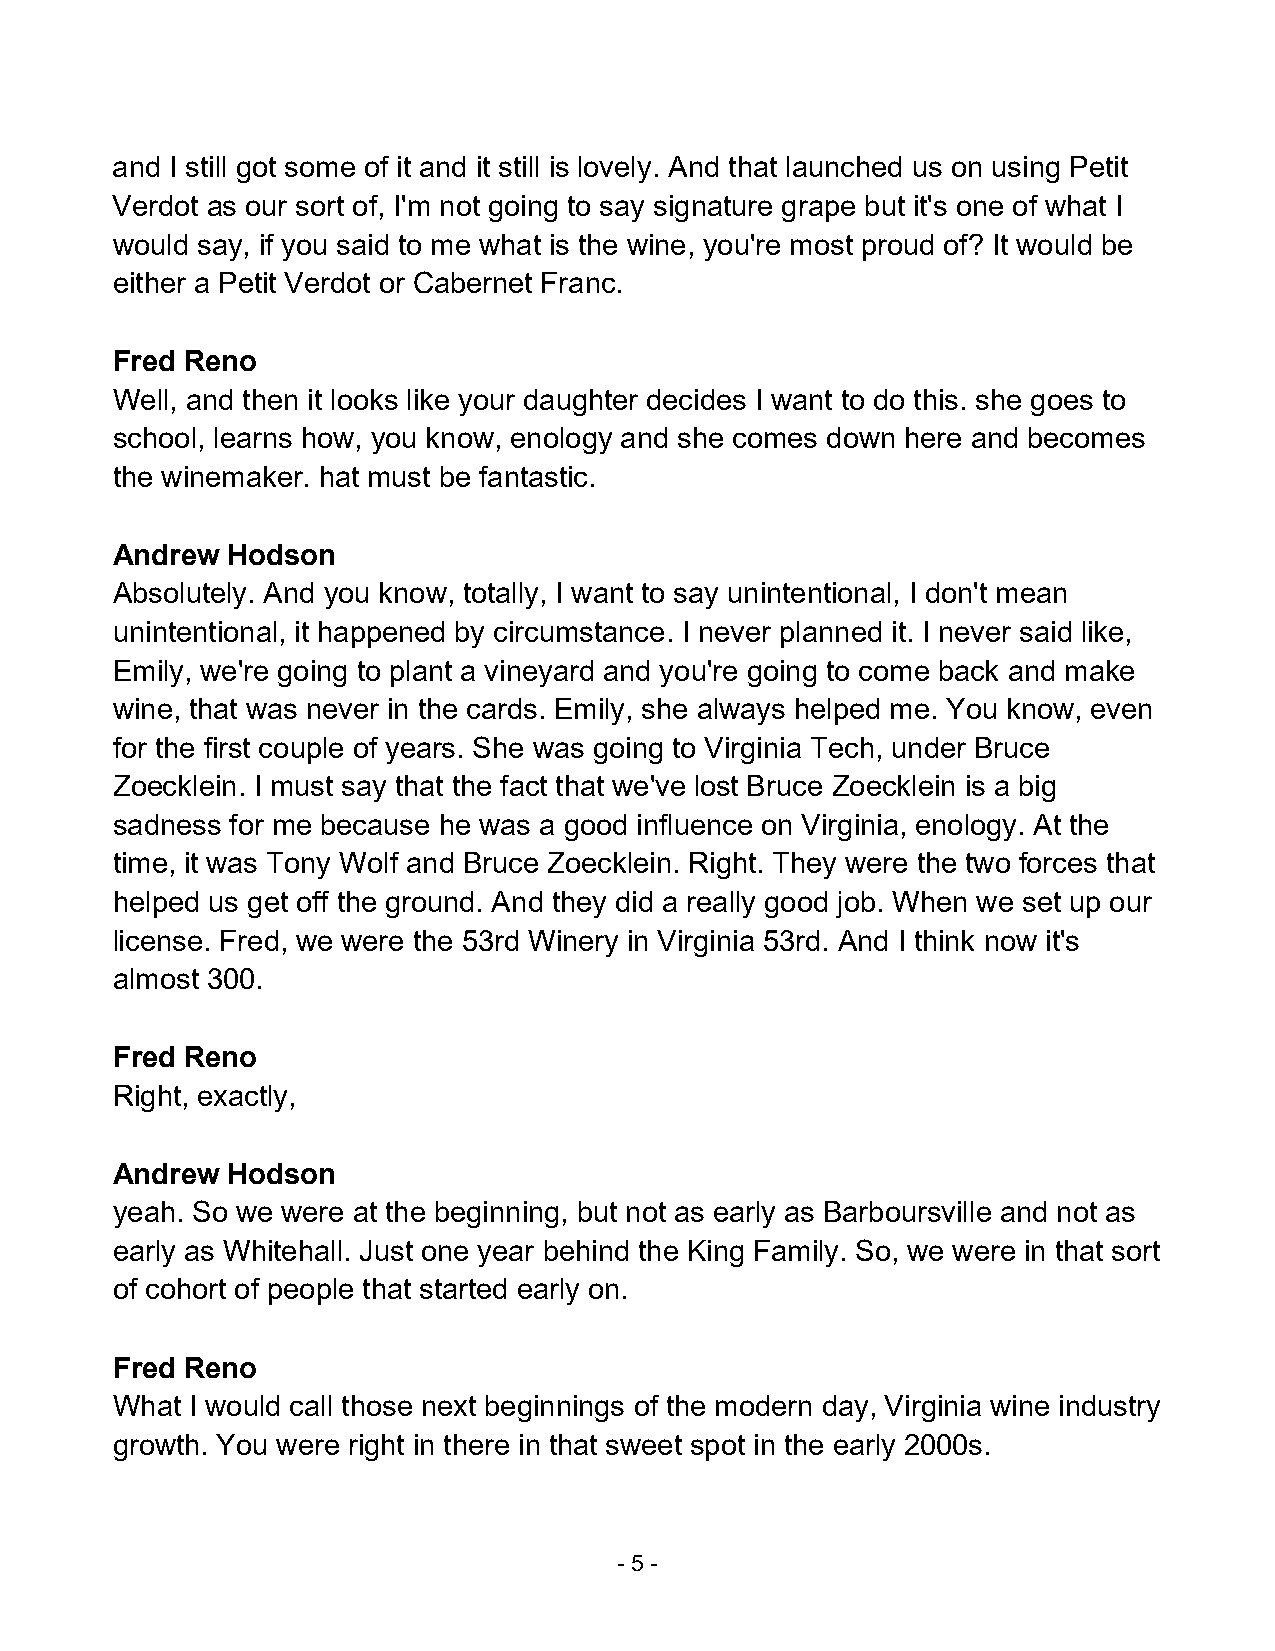
and I still got some of it and it still is lovely. And that launched us on using Petit
 Verdot as our sort of, I'm not going to say signature grape but it's one of what I
 would say, if you said to me what is the wine, you're most proud of? It would be
 either a Petit Verdot or Cabernet Franc.
 Fred Reno
 Well, and then it looks like your daughter decides I want to do this. she goes to
 school, learns how, you know, enology and she comes down here and becomes
 the winemaker. hat must be fantastic.
 Andrew  Hodson
 Absolutely. And you know, totally, I want to say unintentional, I don't mean
 unintentional, it happened by circumstance. I never planned it. I never said like,
 Emily, we're going to plant a vineyard and you're going to come back and make
 wine, that was never in the cards. Emily, she always helped me. You know, even
 for the first couple of years. She was going to Virginia Tech, under Bruce
 Zoecklein. I must say that the fact that we've lost Bruce Zoecklein is a big
 sadness for me because he was a good influence on Virginia, enology. At the
 time, it was Tony Wolf and Bruce Zoecklein. Right. They were the two forces that
 helped us get off the ground. And they did a really good job. When we set up our
 license. Fred, we were the 53rd Winery in Virginia 53rd. And I think now it's
 almost 300.
 Fred Reno
 Right, exactly,
 Andrew  Hodson
 yeah. So we were at the beginning, but not as early as Barboursville and not as
 early as Whitehall. Just one year behind the King Family. So, we were in that sort
 of cohort of people that started early on.
 Fred Reno
 What  I would call those next beginnings of the modern day, Virginia wine industry
 growth. You were right in there in that sweet spot in the early 2000s.
 - 5 -